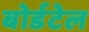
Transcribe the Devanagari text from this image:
बोर्डटेल